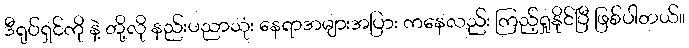
ဒီရုပ်ရှင်ကို နဲ့ တို့လို နည်းပညာသုံး နေရာအများအပြား ကနေလည်း ကြည့်ရှုနိုင်ပြီ ဖြစ်ပါတယ်။